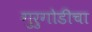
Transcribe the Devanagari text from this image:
गुरुगोडीचा